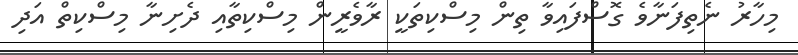
މިހާރު ނެތިފަނާވެ ގޮސްފައިވާ ތިން މިސްކިތަކީ ރާވެރީން މިސްކިތާއި ދެށިނާ މިސްކިތް އަދި